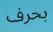
بحرف